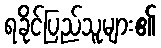
ရခိုင်ပြည်သူများ၏